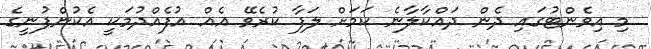
މި އިވެންޓުގައި ދެން ދައްކާލާނެ ކަަމަށް ލަފާ ކުރެވޭ އެއް އުފެއްދުމަކީ އެކުންފުނީގެ